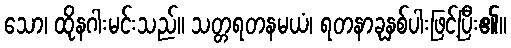
သော၊ ထိုနဂါးမင်းသည်။ သတ္တရတနမယံ၊ ရတနာခုနှစ်ပါးဖြင့်ပြီး၏။